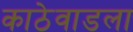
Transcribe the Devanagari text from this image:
काठेवाडला